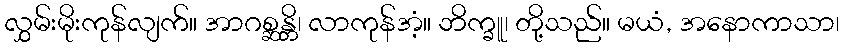
လွှမ်းမိုးကုန်လျက်။ အာဂစ္ဆန္တိ၊ လာကုန်အံ့။ ဘိက္ခူ၊ တို့သည်။ မယံ, အနောကာသာ၊